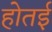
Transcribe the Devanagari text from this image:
होतई